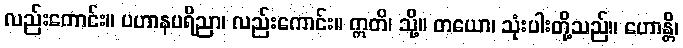
လည်းကောင်း။ ပဟာနပရိညာ၊ လည်းကောင်း။ ဣတိ၊ သို့။ တယော၊ သုံးပါးတို့သည်။ ဟောန္တိ၊